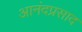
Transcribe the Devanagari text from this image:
आनंदप्रसाद